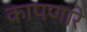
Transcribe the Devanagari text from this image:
कापणारे